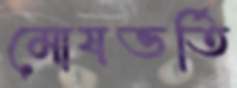
মোষভর্তি